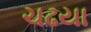
ચઢયા